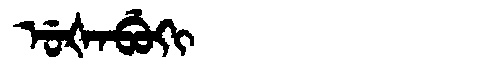
Manchu: ᡠᡧᠠᠪᡠᡴᡳ
Romanization: UŠABUKI